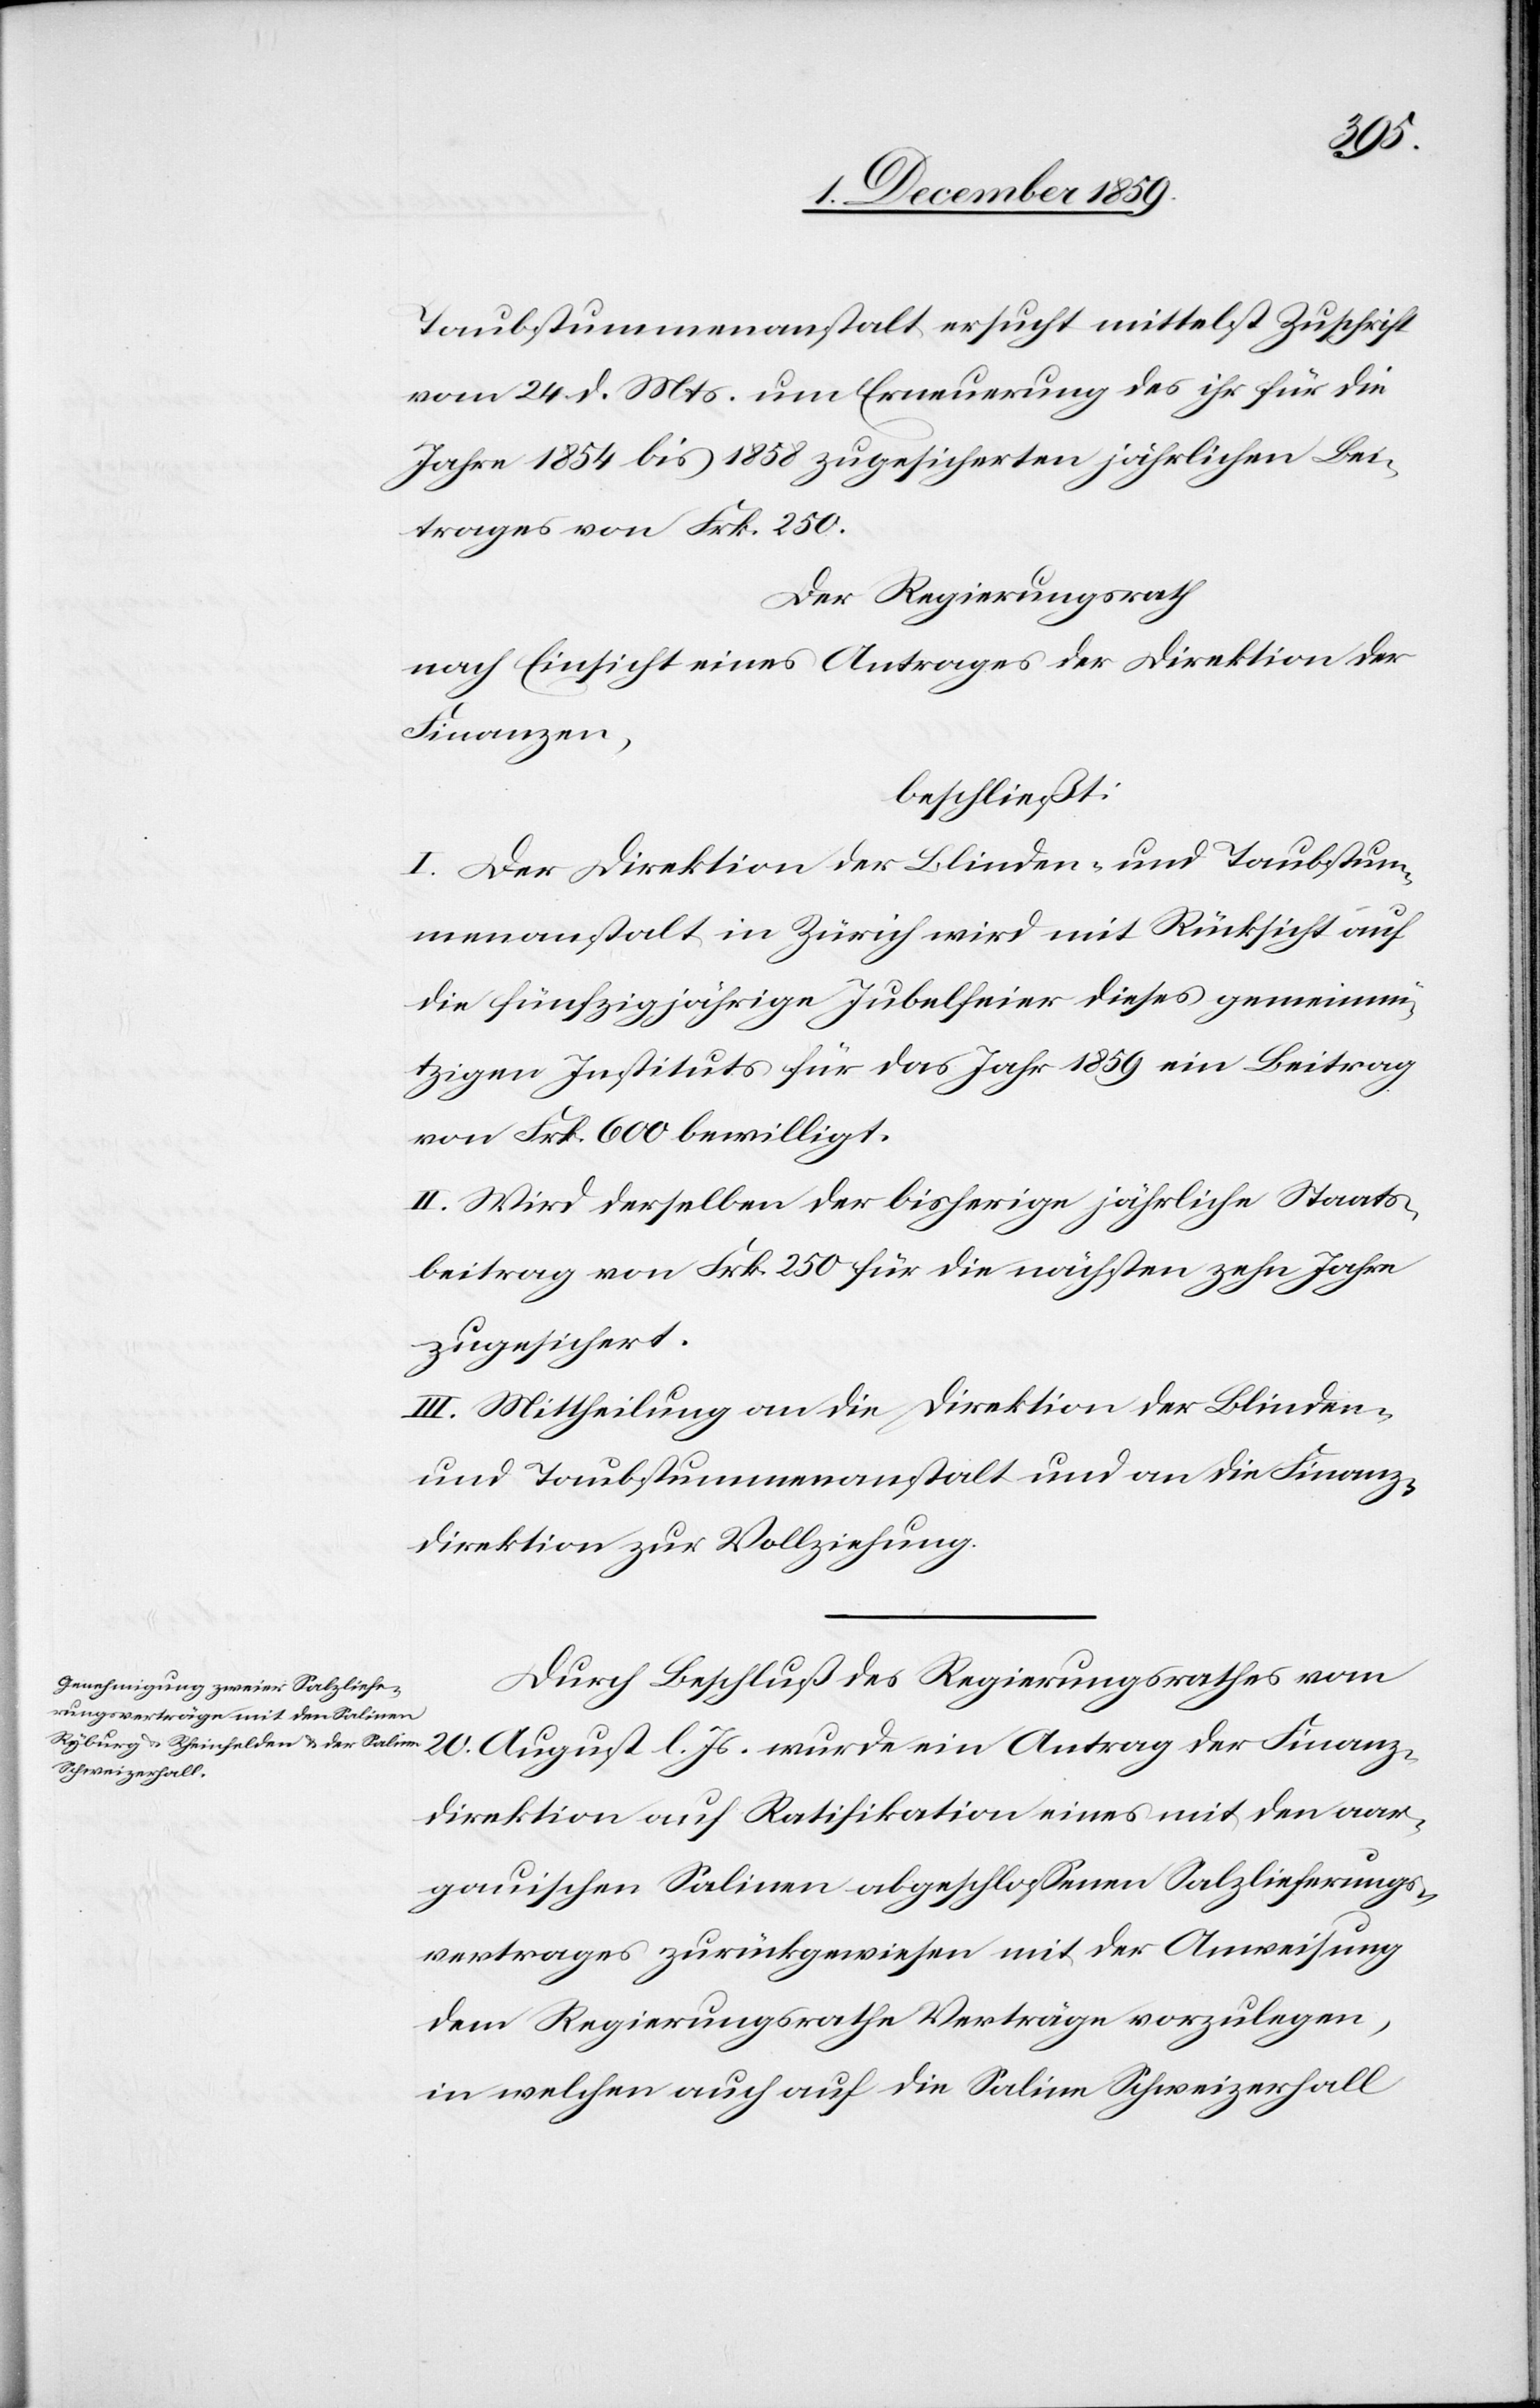
Taubstummenanstalt ersucht mittelst Zuschrift
vom 24. d. Mts. um Erneuerung des ihr für die
Jahre 1854 bis 1858 zugesicherten jährlichen Bei¬
trages von Frk. 250.
Der Regierungsrath
nach Einsicht eines Antrages der Direktion der
Finanzen,
beschließt:
I. Der Direktion der Blinden- und Taubstum¬
menanstalt in Zürich wird mit Rücksicht auf
die fünfzigjährige Jubelfeier dieses gemeinnü¬
tzigen Instituts für das Jahr 1859 ein Beitrag
von Frk. 600 bewilligt.
II. Wird derselben der bisherige jährliche Staats¬
beitrag von Frk. 250 für die nächsten zehn Jahre
zugesichert.
III. Mittheilung an die Direktion der Blinden-
und Taubstummenanstalt und an die Finanz¬
direktion zur Vollziehung.
Durch Beschluß des Regierungsrathes vom
20. August l. Js. wurde ein Antrag der Finanz¬
direktion auf Ratifikation eines mit den aar¬
gauischen Salinen abgeschlossenen Salzlieferungs¬
vertrages zurückgewiesen mit der Anweisung
dem Regierungsrathe Verträge vorzulegen,
in welchen auch auf die Saline Schweizerfall